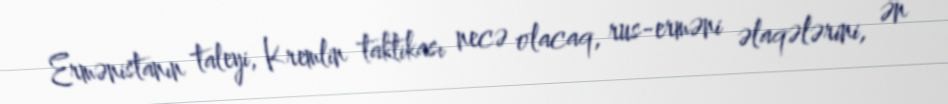
Ermənistanın taleyi, Kremlin taktikası necə olacaq, rus-erməni əlaqələrini, ən